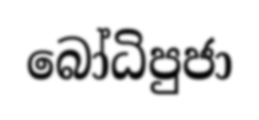
බෝධිපුජා